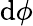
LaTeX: \mathrm{d}\phi